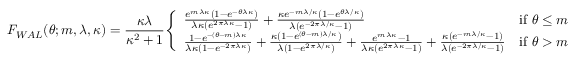
F _ { W A L } ( \theta ; m , \lambda , \kappa ) = { \frac { \kappa \lambda } { \kappa ^ { 2 } + 1 } } { \left\{ \begin{array} { l l } { { \frac { e ^ { m \lambda \kappa } ( 1 - e ^ { - \theta \lambda \kappa } ) } { \lambda \kappa ( e ^ { 2 \pi \lambda \kappa } - 1 ) } } + { \frac { \kappa e ^ { - m \lambda / \kappa } ( 1 - e ^ { \theta \lambda / \kappa } ) } { \lambda ( e ^ { - 2 \pi \lambda / \kappa } - 1 ) } } } & { { \mathrm { i f ~ } } \theta \leq m } \\ { { \frac { 1 - e ^ { - ( \theta - m ) \lambda \kappa } } { \lambda \kappa ( 1 - e ^ { - 2 \pi \lambda \kappa } ) } } + { \frac { \kappa ( 1 - e ^ { ( \theta - m ) \lambda / \kappa } ) } { \lambda ( 1 - e ^ { 2 \pi \lambda / \kappa } ) } } + { \frac { e ^ { m \lambda \kappa } - 1 } { \lambda \kappa ( e ^ { 2 \pi \lambda \kappa } - 1 ) } } + { \frac { \kappa ( e ^ { - m \lambda / \kappa } - 1 ) } { \lambda ( e ^ { - 2 \pi \lambda / \kappa } - 1 ) } } } & { { \mathrm { i f ~ } } \theta > m } \end{array} \right. }